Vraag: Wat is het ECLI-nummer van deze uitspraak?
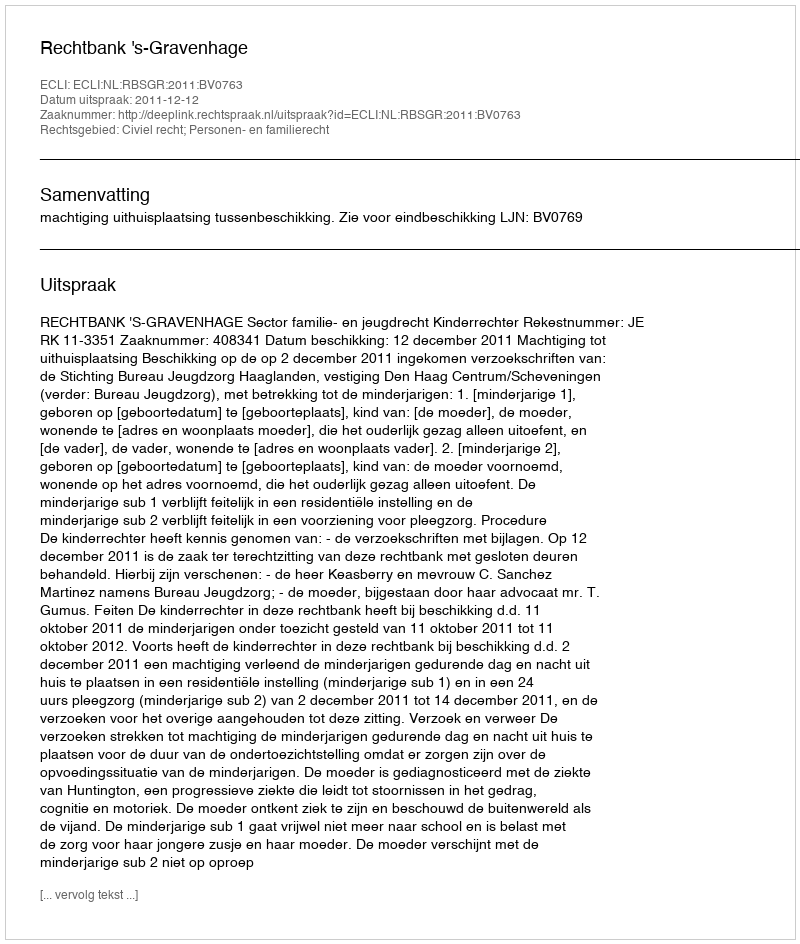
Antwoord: ECLI:NL:RBSGR:2011:BV0763